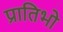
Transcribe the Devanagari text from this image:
प्रातिभो